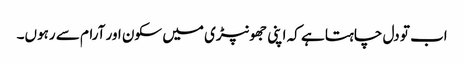
اب تو دل چاہتا ہے کہ اپنی جھونپڑی میں سکون اور آرام سے رہوں۔